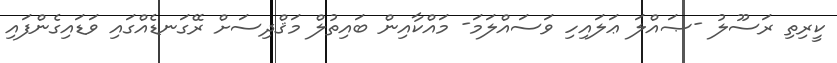
ކީރިތި ރަސޫލު -ޞައްލަ ޢަލައިހި ވަސައްލަމަ- މައްކާއިން ބައިތުލް މަޤްދިސަށް ރޭގަނޑެއްގައި ވަޑައިގެންފައި